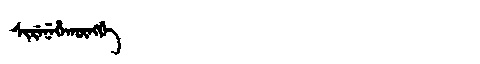
Manchu: ᠰᡳᡵᡝᠨᡝᡥᠠᡴᡡᠩᡤᡝ
Romanization: SIRENEHAKŪNGGE